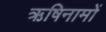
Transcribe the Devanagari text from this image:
ऋषिनामों